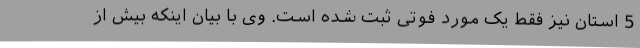
5 استان نیز فقط یک مورد فوتی ثبت شده است. وی با بیان اینکه بیش از